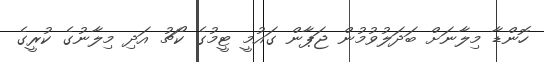
ހޮންޑާ މިލާނަށް ބަދަލުވުމުން ޖަޕާން ގައުމީ ޓީމުގެ ކޯޗު އަދި މިލާނުގެ ކުރީގެ